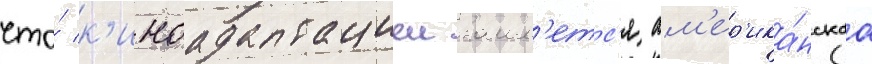
что́ к'иноадаптациеи заим'етс'я ам'ер'ика́нскаа